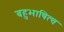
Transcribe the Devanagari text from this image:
बहुभाषित्व